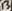
Text: 13